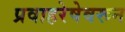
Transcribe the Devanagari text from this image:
प्रवाहरेषेवरून